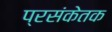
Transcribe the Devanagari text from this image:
प्रसंकेतक